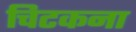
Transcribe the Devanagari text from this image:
चिटकना